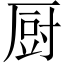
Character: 厨